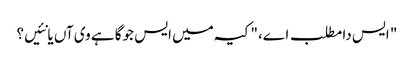
" ایس دا مطلب اے،" کیہ میں ایس جوگا ہے وی آں یا نئیں؟